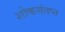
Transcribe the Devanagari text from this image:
शोकसंतप्त